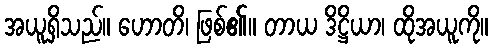
အယူရှိသည်။ ဟောတိ၊ ဖြစ်၏။ တာယ ဒိဋ္ဌိယာ၊ ထိုအယူကို။